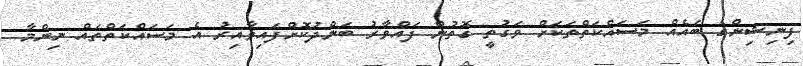
ފިނިޝިންގެ ބައެއް މަސައްކަތްތަކަށް ވަގުތީ ގޮތުން ފައްވާރު ބަންދުކޮށްފައިވާއިރު އެ މަސައްކަތްތައް ނިންމާ